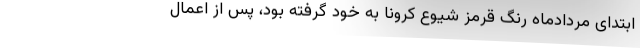
ابتدای مردادماه رنگ قرمز شیوع کرونا به خود گرفته بود، پس از اعمال